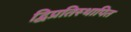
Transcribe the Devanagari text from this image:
द्विप्रतिस्थापित